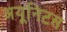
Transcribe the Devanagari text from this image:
अयूनिटस